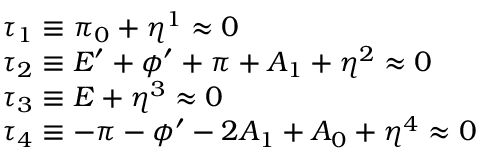
\begin{array} { l } { { \tau _ { 1 } \equiv \pi _ { 0 } + \eta ^ { 1 } \approx 0 } } \\ { { \tau _ { 2 } \equiv E ^ { \prime } + \phi ^ { \prime } + \pi + A _ { 1 } + \eta ^ { 2 } \approx 0 } } \\ { { \tau _ { 3 } \equiv E + \eta ^ { 3 } \approx 0 } } \\ { { \tau _ { 4 } \equiv - \pi - \phi ^ { \prime } - 2 A _ { 1 } + A _ { 0 } + \eta ^ { 4 } \approx 0 } } \end{array}